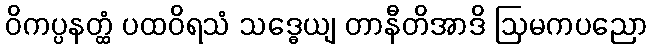
ဝိကပ္ပနတ္ထံ ပထဝိရသံ သဒ္ဓေယျ တာနီတိအာဒိ ဩမကပညော